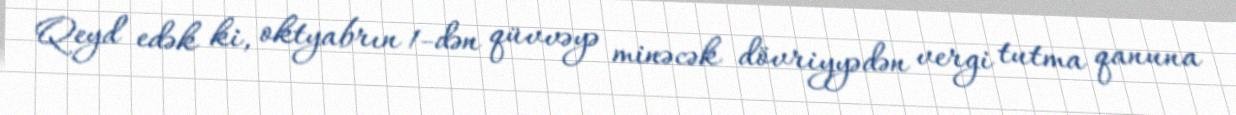
Qeyd edək ki, oktyabrın 1-dən qüvvəyə minəcək dövriyyədən vergi tutma qanuna